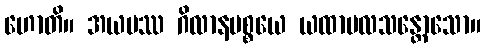
ဟောတိ။ အယမဿ ဂိလာနပစ္စယေ ယထာဗလသန္တောသော။